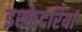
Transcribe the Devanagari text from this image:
इश्केदरियां